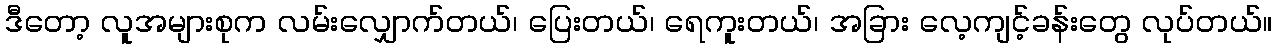
ဒီတော့ လူအများစုက လမ်းလျှောက်တယ်၊ ပြေးတယ်၊ ရေကူးတယ်၊ အခြား လေ့ကျင့်ခန်းတွေ လုပ်တယ်။